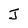
Character: J